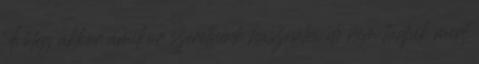
Főleg akkor amikor szeretnénk használni de nem tudjuk mert